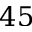
4 5